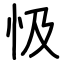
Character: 忣